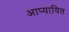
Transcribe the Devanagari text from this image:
आप्यायित